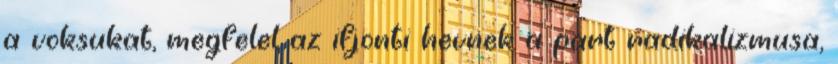
a voksukat, megfelel az ifjonti hevnek a part radikalizmusa,